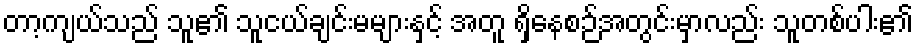
တာ့ကျယ်သည် သူ၏ သူငယ်ချင်းမများနှင့် အတူ ရှိနေစဉ်အတွင်းမှာလည်း သူတစ်ပါး၏